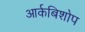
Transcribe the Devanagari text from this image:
आर्कबिशोप